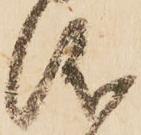
儀